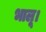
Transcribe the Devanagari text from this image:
भालू।